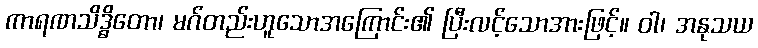
ကာရဏသိဒ္ဓိတော၊ မဂ်တည်းဟူသောအကြောင်း၏ ပြီးလင့်သောအားဖြင့်။ ဝါ၊ အနုသယ